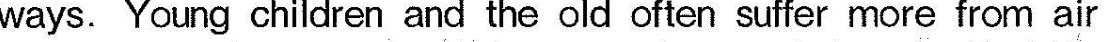
ways. Young children and the old often suffer more from air